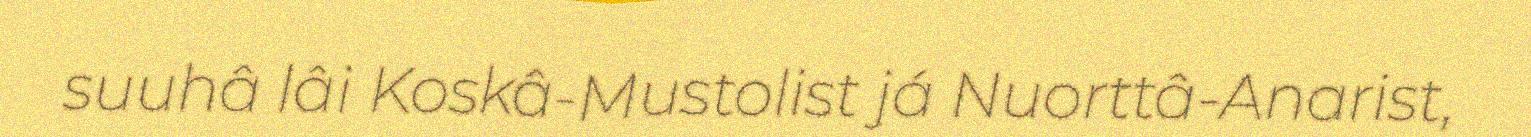
suuhâ lâi Koskâ-Mustolist já Nuorttâ-Anarist,